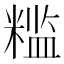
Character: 𬖮